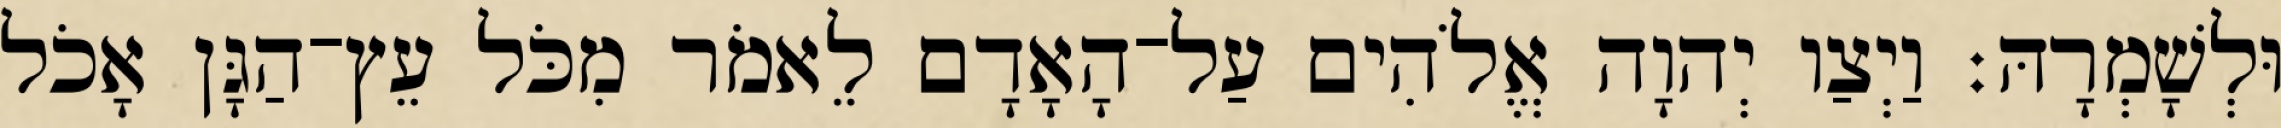
וּלְשָׁמְרָהּ׃ וַיְצַו יְהוָה אֱלֹהִים עַל־הָאָדָם לֵאמֹר מִכֹּל עֵץ־הַגָּן אָכֹל